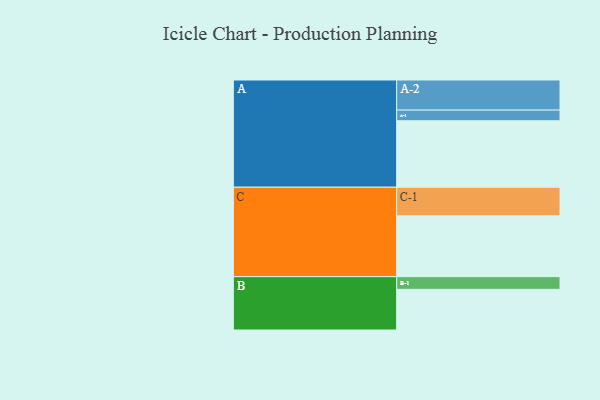
{"axis": {"x": "Segment", "y": "Value"}, "legend": ["", "A", "B", "C"], "data": [{"x": "A", "y": 492, "type": ""}, {"x": "B", "y": 301, "type": ""}, {"x": "C", "y": 450, "type": ""}, {"x": "A-1", "y": 79, "type": "A"}, {"x": "A-2", "y": 223, "type": "A"}, {"x": "B-1", "y": 94, "type": "B"}, {"x": "C-1", "y": 212, "type": "C"}]}